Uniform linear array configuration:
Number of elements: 12
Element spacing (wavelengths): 0.75
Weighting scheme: hamming
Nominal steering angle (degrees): -45
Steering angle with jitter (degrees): -44.964
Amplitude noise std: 0.05
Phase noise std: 0.05

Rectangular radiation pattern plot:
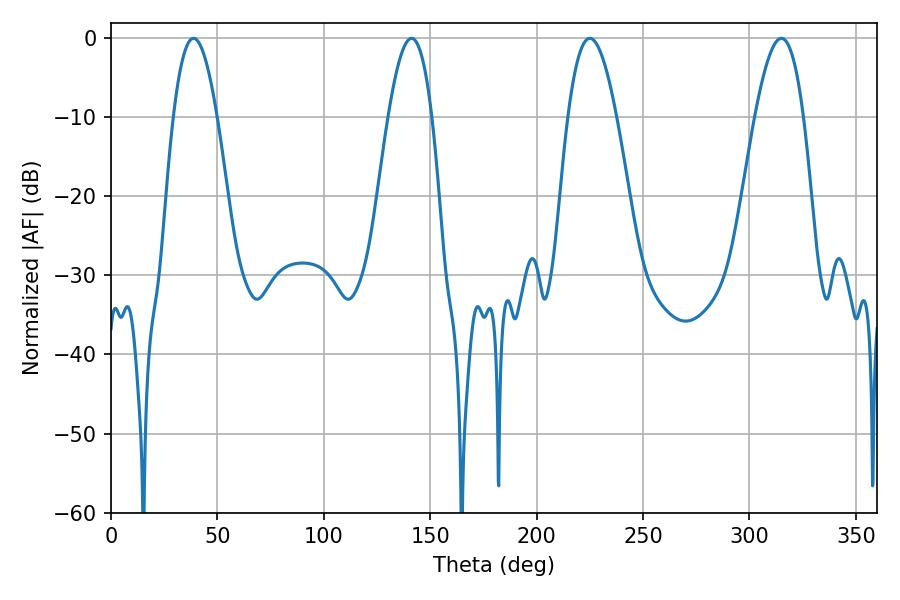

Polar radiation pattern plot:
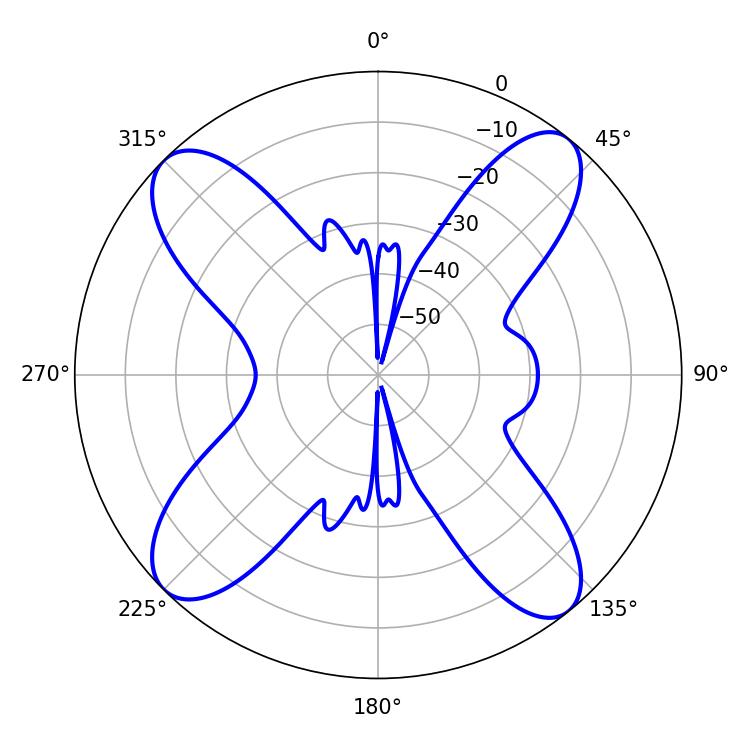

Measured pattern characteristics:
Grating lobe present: TRUE
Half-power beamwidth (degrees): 12.42
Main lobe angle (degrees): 225